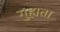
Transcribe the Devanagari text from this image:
गुह्यता